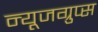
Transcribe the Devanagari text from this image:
न्यूजग्रुप्स